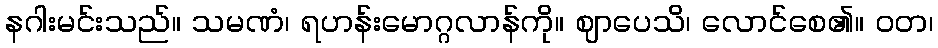
နဂါးမင်းသည်။ သမဏံ၊ ရဟန်းမောဂ္ဂလာန်ကို။ ဈာပေသိ၊ လောင်စေ၏။ ဝတ၊